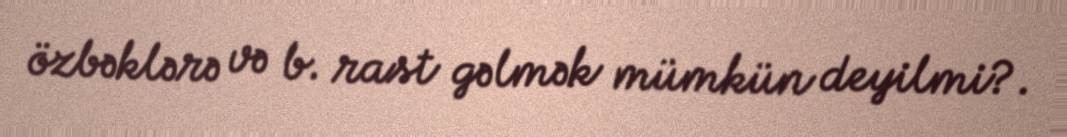
özbəklərə və b. rast gəlmək mümkün deyilmi?.